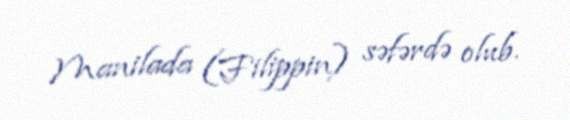
Manilada (Filippin) səfərdə olub.